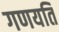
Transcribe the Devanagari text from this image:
गणयति